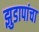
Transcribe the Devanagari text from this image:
झुडापांचा